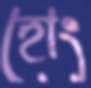
হোং